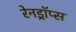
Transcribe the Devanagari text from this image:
रेनड्रॉप्स